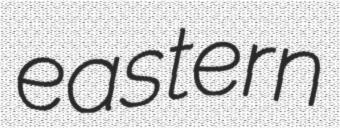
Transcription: eastern